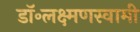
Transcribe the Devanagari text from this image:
डॉ॰लक्ष्मणस्वामी